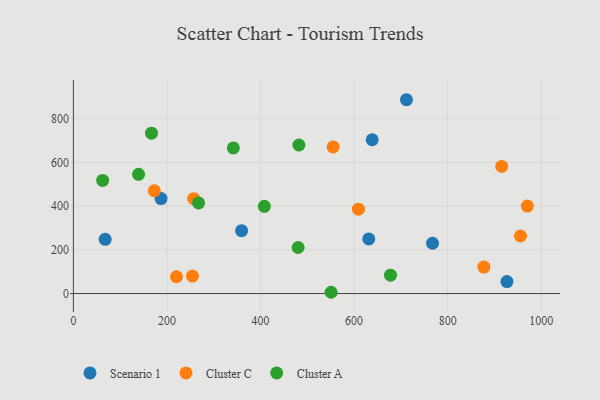
{"axis": {"x": "Distance", "y": "Yield"}, "legend": ["Cluster A", "Cluster C", "Scenario 1"], "data": [{"x": "767.6", "y": 230.0, "type": "Scenario 1"}, {"x": "638.7", "y": 703.4, "type": "Scenario 1"}, {"x": "711.9", "y": 886.5, "type": "Scenario 1"}, {"x": "359.5", "y": 287.5, "type": "Scenario 1"}, {"x": "631.4", "y": 250.0, "type": "Scenario 1"}, {"x": "187.4", "y": 434.5, "type": "Scenario 1"}, {"x": "67.9", "y": 247.8, "type": "Scenario 1"}, {"x": "926.7", "y": 54.9, "type": "Scenario 1"}, {"x": "172.9", "y": 470.2, "type": "Cluster C"}, {"x": "220.4", "y": 76.8, "type": "Cluster C"}, {"x": "970.4", "y": 400.0, "type": "Cluster C"}, {"x": "609.3", "y": 386.0, "type": "Cluster C"}, {"x": "254.5", "y": 80.1, "type": "Cluster C"}, {"x": "877.4", "y": 121.2, "type": "Cluster C"}, {"x": "955.7", "y": 263.1, "type": "Cluster C"}, {"x": "915.5", "y": 581.3, "type": "Cluster C"}, {"x": "257.1", "y": 434.1, "type": "Cluster C"}, {"x": "555.2", "y": 670.4, "type": "Cluster C"}, {"x": "480.4", "y": 210.6, "type": "Cluster A"}, {"x": "139.3", "y": 545.3, "type": "Cluster A"}, {"x": "550.9", "y": 5.8, "type": "Cluster A"}, {"x": "167.0", "y": 733.7, "type": "Cluster A"}, {"x": "267.6", "y": 414.3, "type": "Cluster A"}, {"x": "408.2", "y": 399.1, "type": "Cluster A"}, {"x": "677.8", "y": 84.0, "type": "Cluster A"}, {"x": "62.5", "y": 517.2, "type": "Cluster A"}, {"x": "482.0", "y": 679.4, "type": "Cluster A"}, {"x": "341.9", "y": 665.9, "type": "Cluster A"}]}